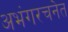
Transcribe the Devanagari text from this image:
अभंगरचनेत